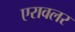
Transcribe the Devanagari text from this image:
एरावलर